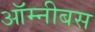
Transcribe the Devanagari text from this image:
ऑम्नीबस